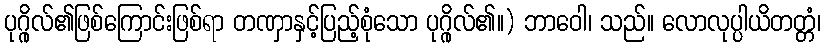
ပုဂ္ဂိုလ်၏ဖြစ်ကြောင်းဖြစ်ရာ တဏှာနှင့်ပြည့်စုံသော ပုဂ္ဂိုလ်၏။) ဘာဝေါ၊ သည်။ လောလုပ္ပါယိတတ္တံ၊